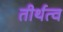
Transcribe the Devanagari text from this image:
तीर्थत्व